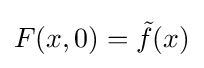
F(x,0)={\tilde {f}}(x)